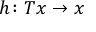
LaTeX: h \colon T x \to x